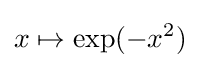
x\mapsto \exp(-x^{2})